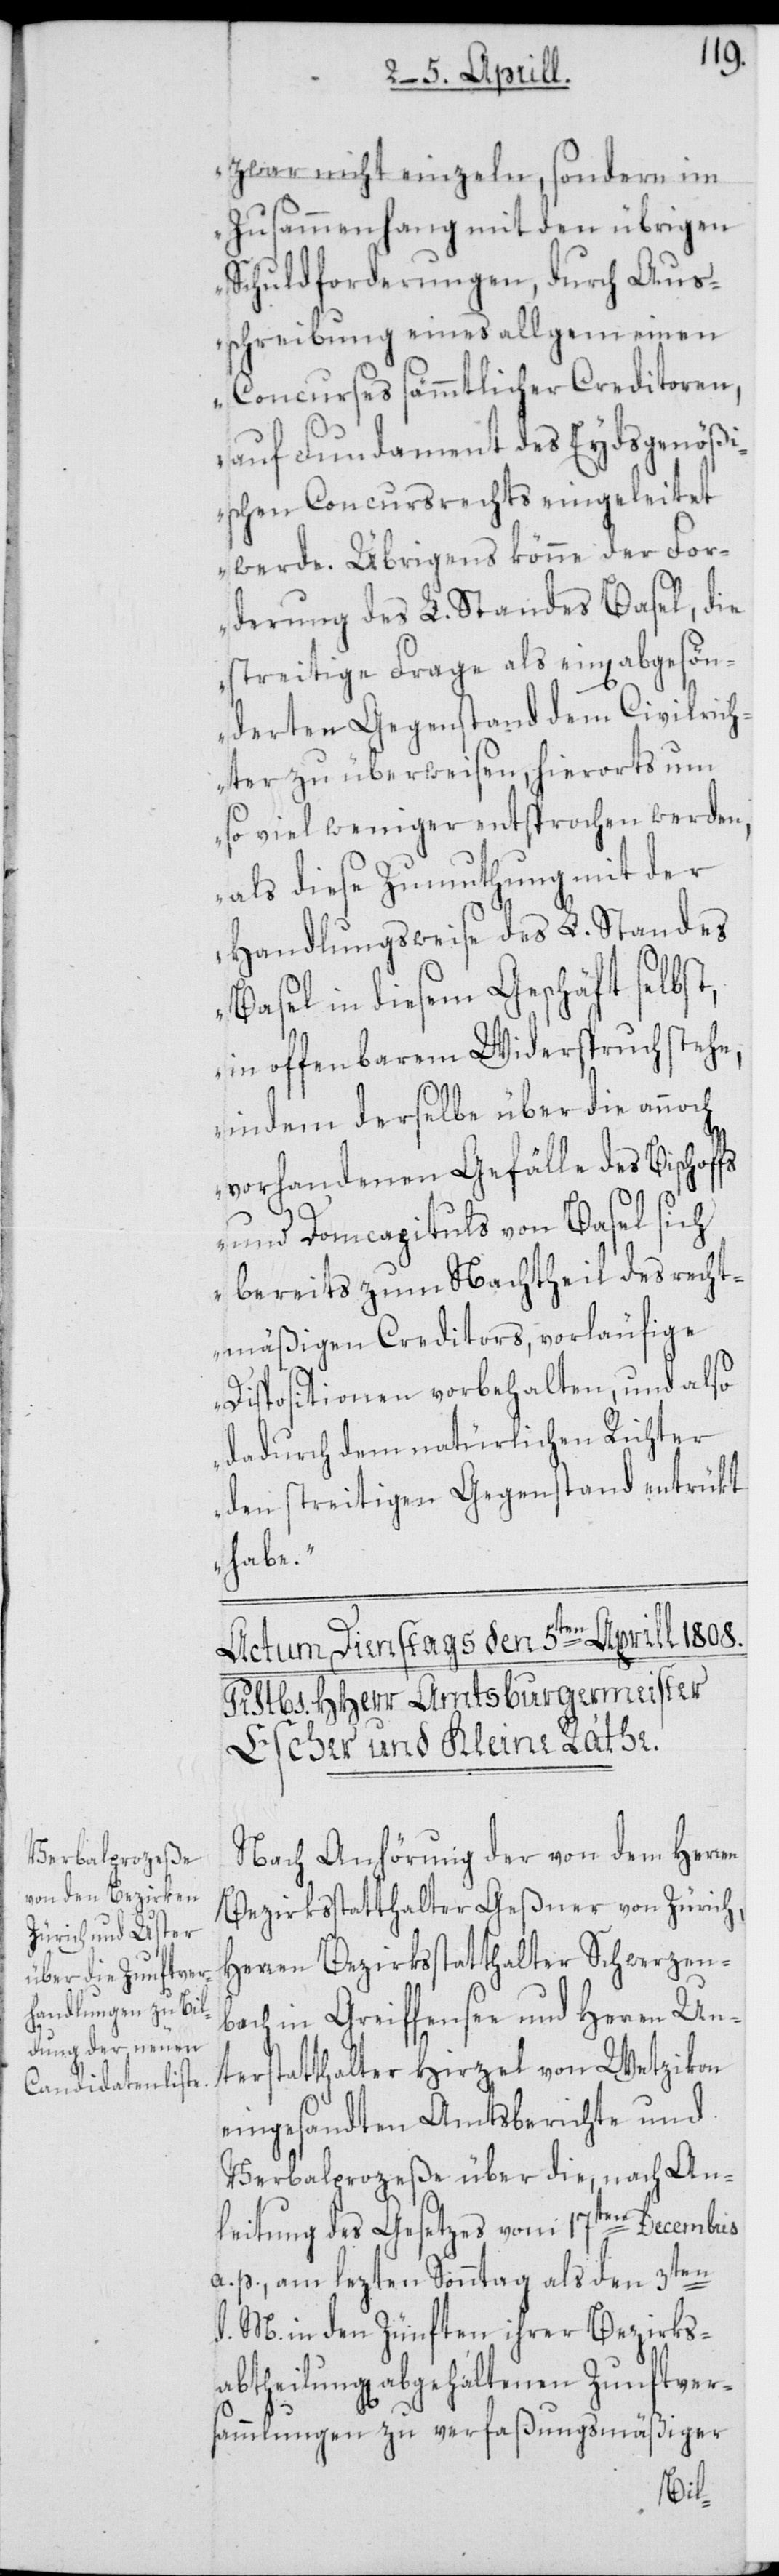
zwar nicht einzeln, sondern im
Zusammenhang mit den übrigen
Schuldforderungen, durch Aus¬
schreibung eines allgemeinen
Concurses sämmtlicher Creditoren,
auf Fundament des Eydsgenößi¬
schen Concursrechts eingeleitet
werde. Übrigens könne der For¬
derung des L. Standes Basel, die
streitige Frage als ein[en] abgesön¬
derten Gegenstand dem Civilrich¬
ter zu überweisen, hierorts um
so viel weniger entsprochen werden,
als diese Zumuthung mit der
Handlungsweise des L. Standes
Basel in diesem Geschäft selbst,
in offenbarem Widerspruch stehe,
indem derselbe über die annoch
vorhandenen Gefälle des Bischof¬
fs und Domcapitels von Basel sich
bereits zum Nachtheil des recht¬
mäßigen Creditors, vorläufige
Dispositionen vorbehalten, und also
dadurch dem natürlichen Richter
den streitigen Gegenstand entrükt
habe.“
Nach Anhörung der von dem Herren
Bezirksstatthalter Geßner von Zürich,
Herren Bezirkstatthalter Schwerzen¬
bach in Greiffensee und Herren Un¬
terstatthalter Hirzel von Wetzikon
eingesandten Amtsberichte und
Verbalprozeße über die, nach An¬
leitung des Gesetzes vom 17ten Decembris
a. p., am lezten Sonntag als den 3ten
d. M. in den Zünften ihrer Bezirks¬
abtheilung[en] abgehaltenen Zunftver¬
sammlungen zu verfaßungsmäßiger